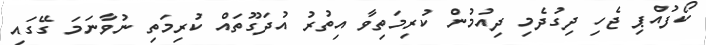
ކޯފުއްޕި ޖެހި ދިގުދެމި ދިއުމުން ކުރިމަތިވާ އިތުރު އުދަގޫތައް ކުރިމަތި ނުވާނަމަ ގޭގައި